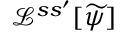
\mathcal { L } ^ { s s ^ { \prime } } [ \widetilde \psi ]